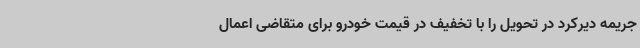
جریمه دیرکرد در تحویل را با تخفیف در قیمت خودرو برای متقاضی اعمال